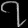
Digit: ၇